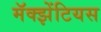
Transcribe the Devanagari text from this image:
मॅक्झेंटियस